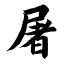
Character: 屠